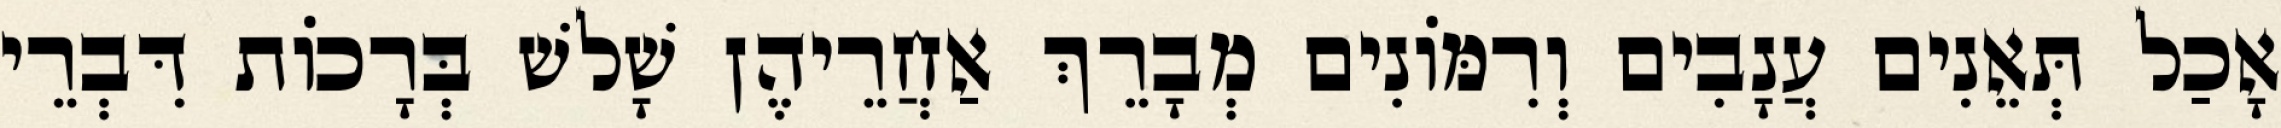
אָכַל תְּאֵנִים עֲנָבִים וְרִמּוֹנִים מְבָרֵךְ אַחֲרֵיהֶן שָׁלשׁ בְּרָכוֹת דִּבְרֵי